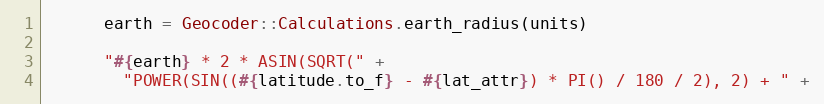
Language: Ruby
      earth = Geocoder::Calculations.earth_radius(units)

      "#{earth} * 2 * ASIN(SQRT(" +
        "POWER(SIN((#{latitude.to_f} - #{lat_attr}) * PI() / 180 / 2), 2) + " +